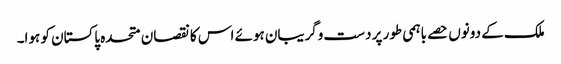
ملک کے دونوں حصے باہمی طور پر دست وگریبان ہوئے اس کا نقصان متحدہ پاکستان کو ہوا۔